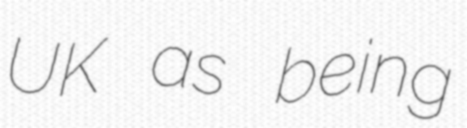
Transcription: UK as being